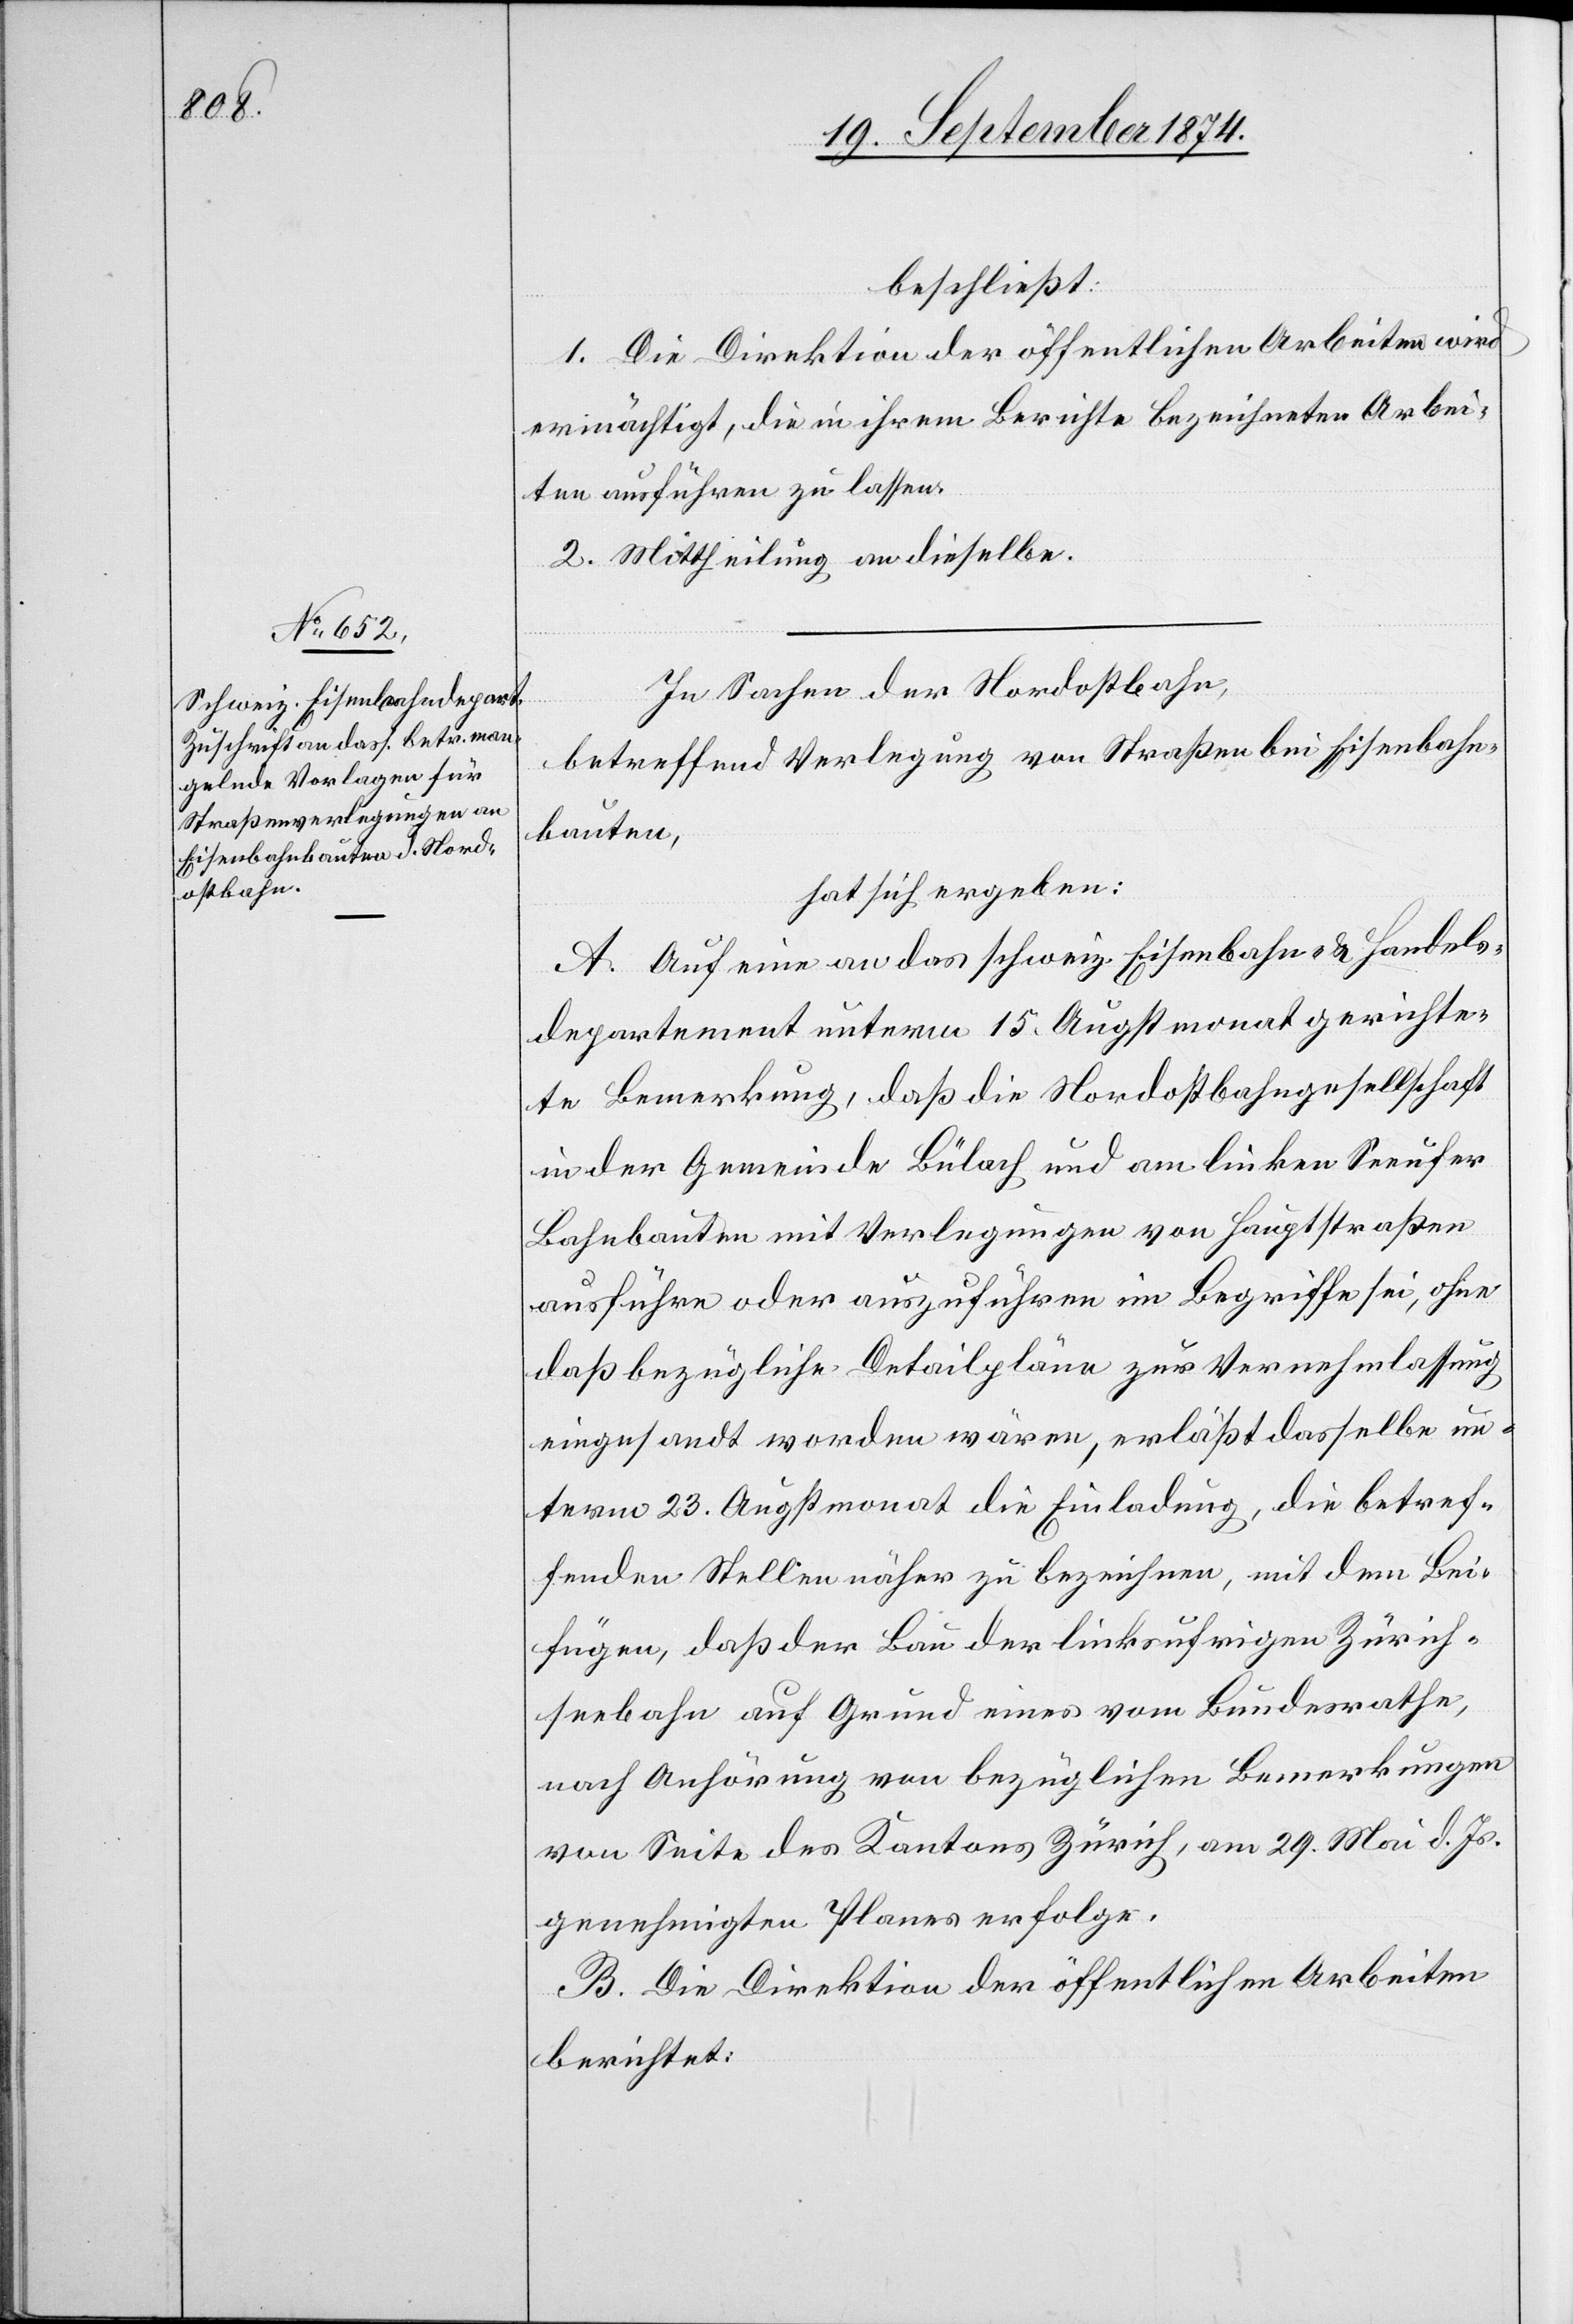
24. September 1874.]
beschließt:
1. Die Direktion der öffentlichen Arbeiten wird
ermächtigt, die in ihrem Berichte bezeichneten Arbei¬
ten ausführen zu lassen.
2. Mittheilung an dieselbe.
In Sachen der Nordostbahn,
betreffend Verlegung von Straßen bei Eisenbahn¬
bauten,
hat sich ergeben:
A. Auf eine an das schweiz. Eisenbahn- & Handels¬
departement unterm 15. Augstmonat gerichte¬
te Bemerkung, daß die Nordostbahngesellschaft
in der Gemeinde Bülach und am linken Seeufer
Bahnbauten mit Verlegungen von Hauptstraßen
ausführe oder auszuführen im Begriffe sei, ohne
daß bezügliche Detailpläne zur Vernehmlassung
eingesandt worden wären, erläßt dasselbe un¬
term 23. Augstmonat die Einladung, die betref¬
fenden Stellen näher zu bezeichnen, mit dem Bei¬
fügen, daß der Bau der linksufrigen Zürich¬
seebahn auf Grund eines vom Bundesrathe,
nach Anhörung von bezüglichen Bemerkungen
von Seite des Kantons Zürich, am 29. Mai d. Js.
genehmigten Planes erfolge.
B. Die Direktion der öffentlichen Arbeiten
berichtet: